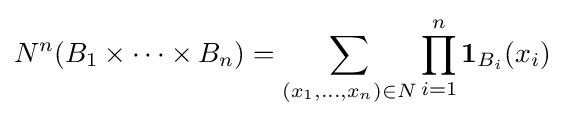
{N}^{n}(B_{1}\times \cdots \times B_{n})=\sum _{(x_{1},\dots ,x_{n})\in {N}}\prod _{i=1}^{n}\mathbf {1} _{B_{i}}(x_{i})